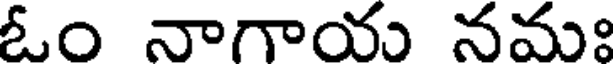
ఓం నాగాయ నమః